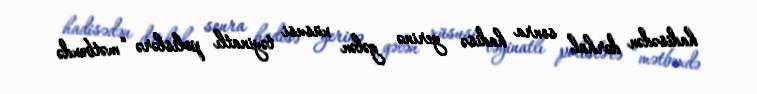
hadisədən dərhal sonra hadisə yerinə gələn xüsusi təyinatlı polislərə “mətbəxdə